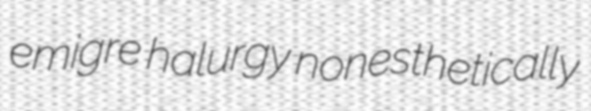
emigre halurgy nonesthetically